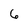
Character: 6